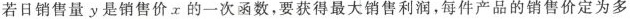
若日销售量y是销售价x的一次函数，要获得最大销售利润，每件产品的销售价定为多